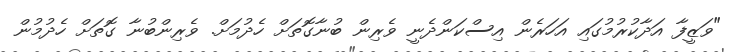
"ވަޒީފާ އަދާކުރުމުގައި އަހަރެން އިސްކަންދެނީ ވެރިން ބުނާގޮތަށް ހެދުމަށް. ވެރިންބުނާ ގޮތަށް ހެދުމުން